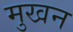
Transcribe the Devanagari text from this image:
मुखन